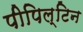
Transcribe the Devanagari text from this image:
पीपिल्टिन